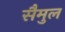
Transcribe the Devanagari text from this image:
सैमुल